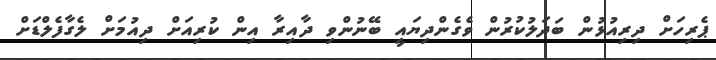
ޕެރިހަށް ދިރިއުޅުން ބަދަލުކުރުން ވެގެންދިޔައީ ބޭނުންވި ދާއިރާ އިން ކުރިއަށް ދިއުމަށް ލެގާފެލްޑަށް